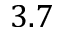
3 . 7